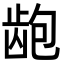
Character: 龅